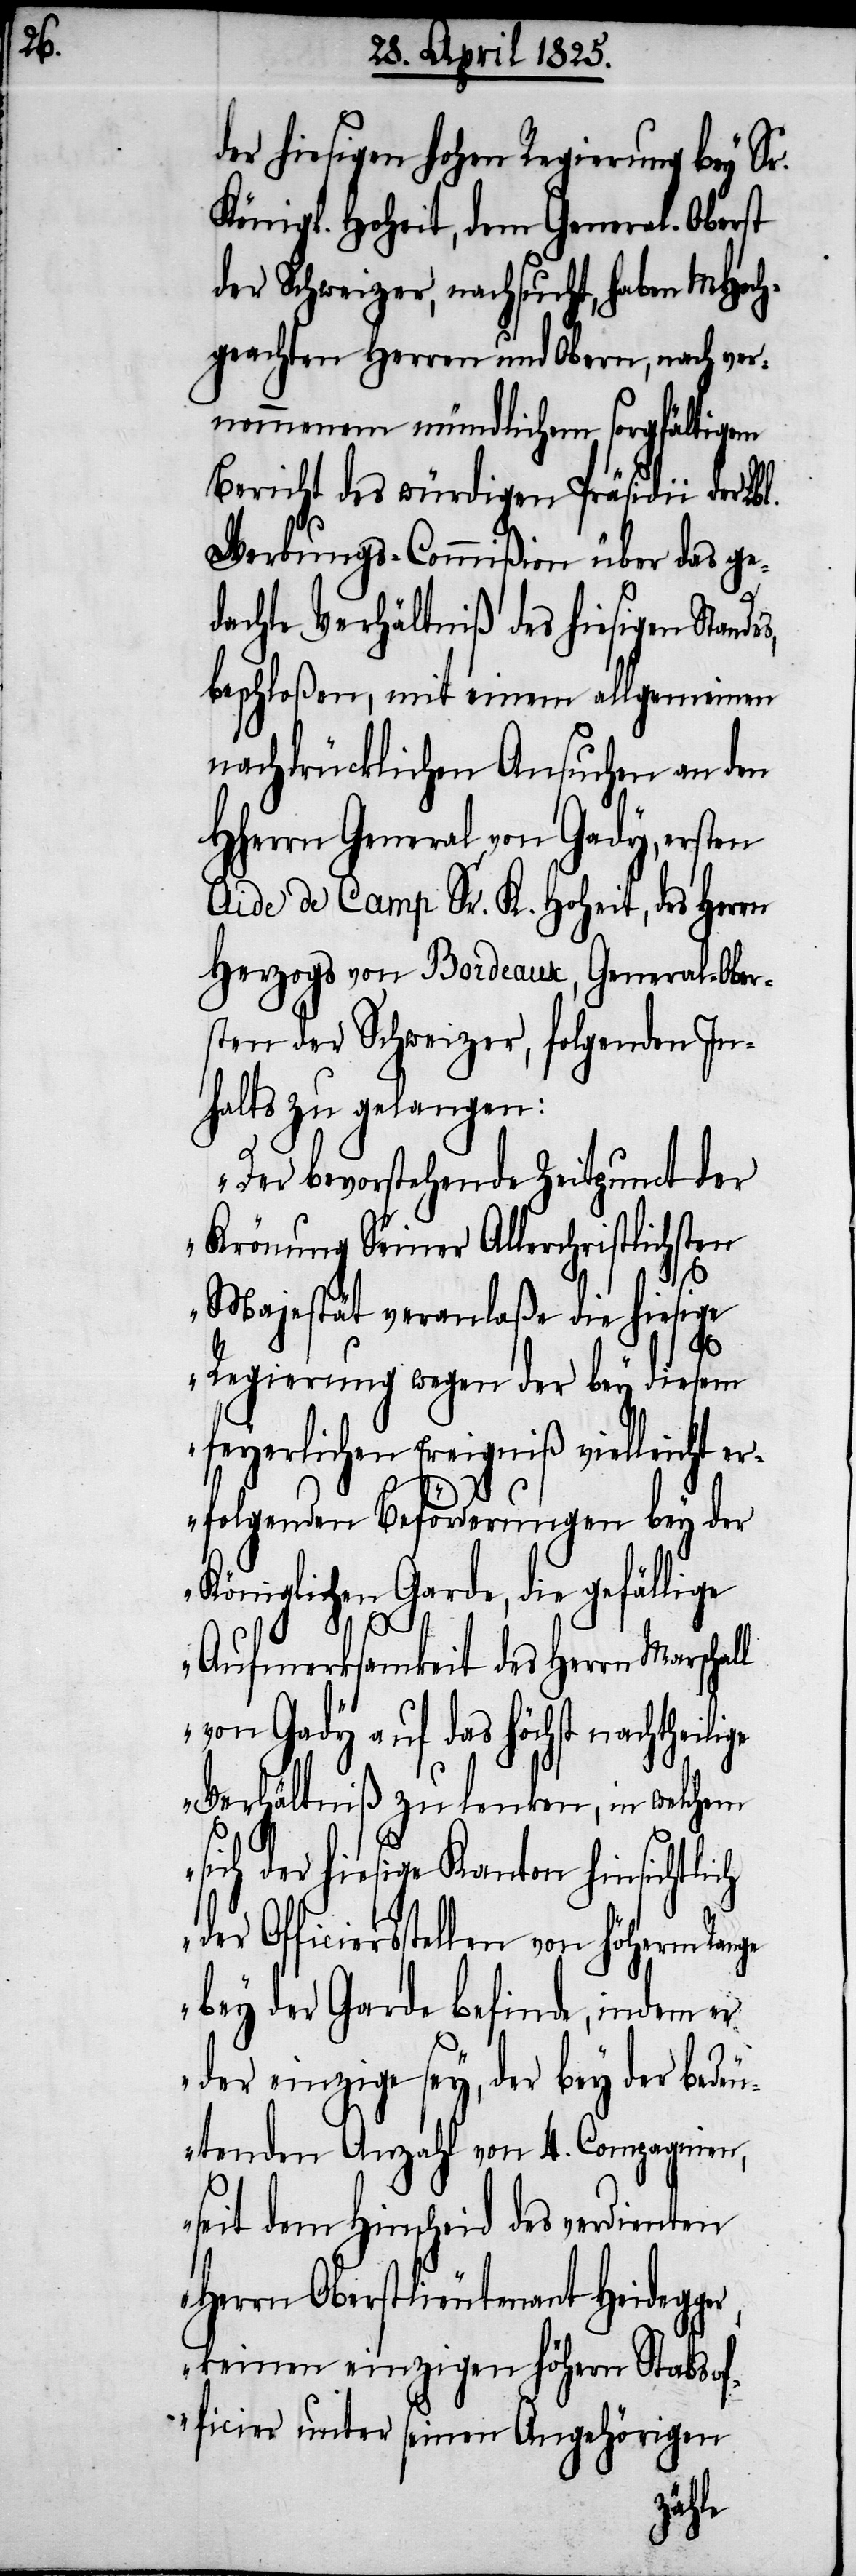
der hiesigen hohen Regierung bey Sr.
Königl. Hoheit, dem General-Oberst
der Schweizer, nachsucht, haben MHoch¬
geachten Herren und Obern, nach ver¬
nommenem mündlichem sorgfältigem
Bericht des würdigen Präsidii der Lbl.
Werbungs-Commißion über das ge¬
dachte Verhältniß des hiesigen Standes,
beschloßen, mit einem allgemeinen
nachdrücklichen Ansuchen an den
HHerrn General von Gady, ersten
Aide de Camp Sr. K. Hoheit, des Herrn
Herzogs von Bordeaux, General-Ober¬
sten der Schweizer, folgenden In¬
halts zu gelangen:
„Der bevorstehende Zeitpunkt der
Krönung Seiner Allerchristlichsten
Majestät veranlaße die hiesige
Regierung wegen der bey diesem
feyerlichen Ereigniß vielleicht er¬
ger,
folgenden Beförderungen bey der
Königlichen Garde, die gefällige
Aufmerksamkeit des Herrn Marschal¬
von Gady auf das höchst nachthei¬
Verhältniß zu lenken, in welchem
sich der hiesige Kanton hinsichtli¬
Officiersstellen von höherm Range
bey der Garde befinde, indem er
der einzige sey, der bey der bede¬
utenden Anzahl von 4. Compagnien,
seit dem Hinscheid des verdienten
Herrn Oberstlieutenant Heideg¬
keinen einzigen höhern Stabsof¬
ficier unter seinen Angehörigen